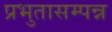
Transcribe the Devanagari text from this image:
प्रभुतासम्पन्न